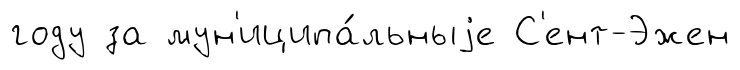
году за мун'иципа́льныjе С'ент-Эжен